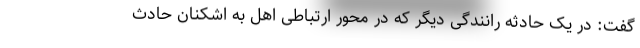
گفت: در یک حادثه رانندگی دیگر که در محور ارتباطی اهل به اشکنان حادث